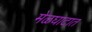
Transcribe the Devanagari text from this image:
मेळघाटात